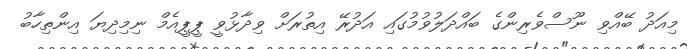
މިއަދު ބޭއްވި ނޫސްވެރިންގެ ބައްދަލުވުމުގައި އަދުރޭ އިތުރަށް ވިދާޅުވީ ޕީޕީއެމް ނިމިދިޔަ އިންތިހާބު